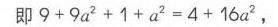
图 11 - 1